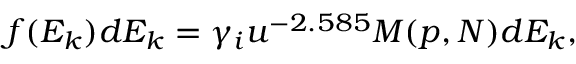
f ( E _ { k } ) d E _ { k } = \gamma _ { i } u ^ { - 2 . 5 8 5 } M ( p , N ) d E _ { k } ,